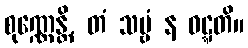
စုဏ္ဏေန္တိ, တံ သဗ္ဗံ န ဝဋ္ဋတိ။